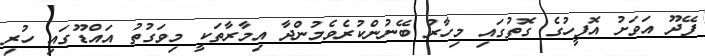
ފޭދޫ އަވަށު އޮފީހުގެ ގޮތުގައި މިހާރު ބޭނުންކުރެވެމުންދާ އިމާރާތަކީ މިވަގުތު އައްޑޫގައި ހުރި